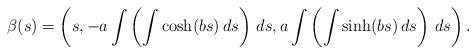
LaTeX: \begin{align*}\beta (s)=\left( s,-a\int \left( \int \cosh (bs)\,ds\right) \,ds,a\int \left( \int\sinh (bs)\,ds\right) \,ds\right).\end{align*}